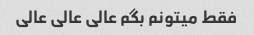
فقط میتونم بگم عالی عالی عالی